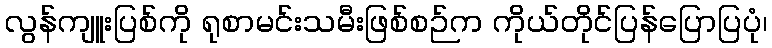
လွန်ကျူးပြစ်ကို ရုစာမင်းသမီးဖြစ်စဉ်က ကိုယ်တိုင်ပြန်ပြောပြပုံ၊